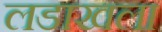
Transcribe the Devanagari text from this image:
लडाखला